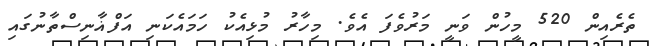
ތެރެއިން 520 މީހުން ވަނީ މަރުވެފަ އެވެ. މިހާރު މުޅިއެކު ހަމައެކަނި އަފްޣާނިސްތާނުގައި